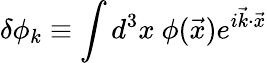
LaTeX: \delta\phi_{k}\equiv\int d^{3}x\ \phi(\vec{x})e^{i\vec{k}\cdot\vec{x}}